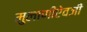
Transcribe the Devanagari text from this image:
मुलाणीऐवजी